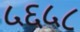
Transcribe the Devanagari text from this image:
५६५८